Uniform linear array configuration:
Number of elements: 32
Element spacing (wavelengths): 0.5
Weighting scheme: kaiser
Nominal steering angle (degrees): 15
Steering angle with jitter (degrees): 16.556
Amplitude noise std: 0.05
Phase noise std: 0.05

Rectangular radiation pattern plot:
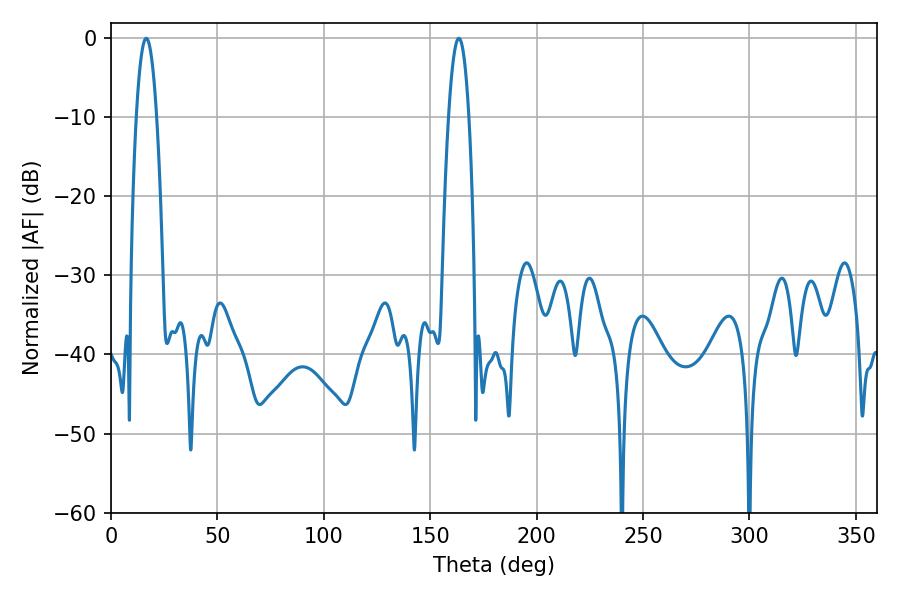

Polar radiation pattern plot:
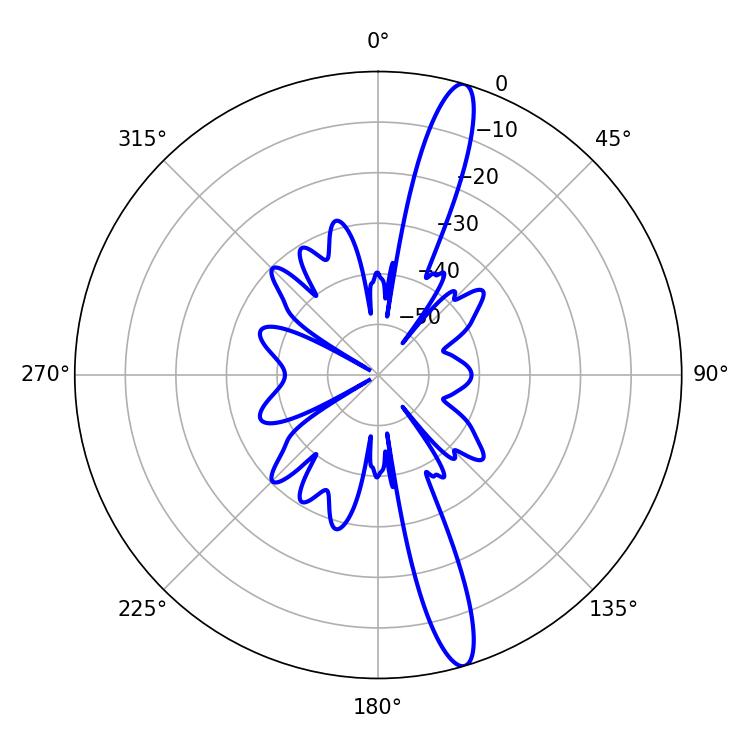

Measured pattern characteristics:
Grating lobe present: FALSE
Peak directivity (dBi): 15.5
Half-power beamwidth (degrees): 5.22
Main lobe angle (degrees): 16.56